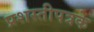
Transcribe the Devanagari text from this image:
प्रशस्तीपत्रके